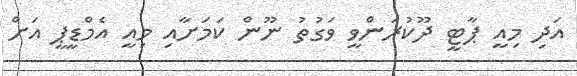
އަދި މިއީ ޕާޓީ ދޫކުރަންވީ ވަގުތު ނޫން ކަމަށާއި މިއީ އެމްޑީޕީ އަށް